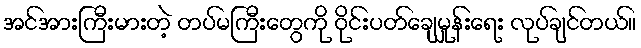
အင်အားကြီးမားတဲ့ တပ်မကြီးတွေကို ဝိုင်းပတ်ချေမှုန်းရေး လုပ်ချင်တယ်။